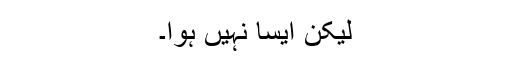
لیکن ایسا نہیں ہوا۔